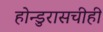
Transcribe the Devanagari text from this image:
होन्डुरासचीही